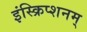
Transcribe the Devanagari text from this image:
इंस्क्रिप्शनम्